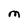
Character: M